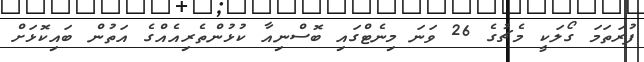
ފުރަތަމަ ގޯލަކީ މެޗުގެ 26 ވަނަ މިނެޓްގައި ބޮސްނިއާ ކުޅުންތެރިއެއްގެ އަތުން ބައިކޮޅަށް